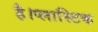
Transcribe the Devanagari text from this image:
है।प्लास्टिक